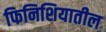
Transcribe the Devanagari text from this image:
फिनिशियातील